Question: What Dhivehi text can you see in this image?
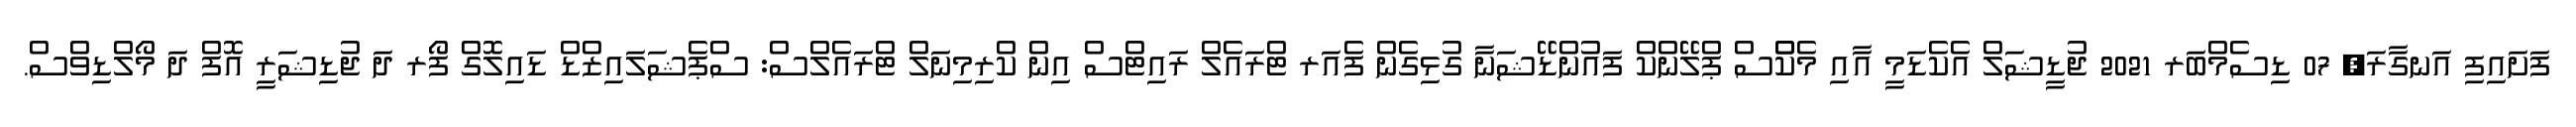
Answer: ފަށައިފި އަނގާރަ, 07 ޑިސެމްބަރ 2021 ޖުޑީޝަލް އެކެޑަމީ އާއި މެކްްސް ޕްލޭންކް ފައުންޑޭޝަނާ ގުޅިގެން ފެއަރ ޓްރައެލް ރައިޓްސް އިން ކްރިމިނަލް ޓްރައެލްސް: ސްޕެޝަލައިޒްޑް ޑައިލޮގް ފޯރ ދަ ޖުޑިޝަރީ އޮފް ދަ މޯލްޑިވްސް.